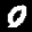
Label: 0